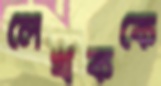
লেখককে